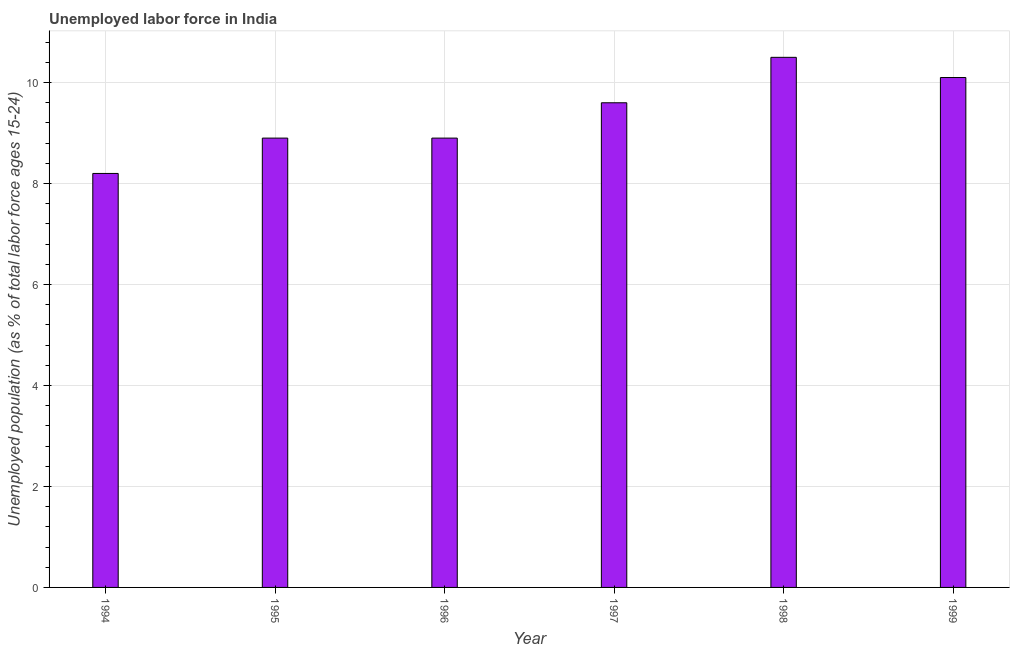
| Year | Unemployment |
 | --- | --- |
 | 1994 | 8.2 |
 | 1995 | 8.9 |
 | 1996 | 8.9 |
 | 1997 | 9.6 |
 | 1998 | 10.5 |
 | 1999 | 10.1 |